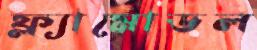
ফ্ল্যামোডল